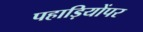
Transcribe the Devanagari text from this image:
पहाड़ियोंपर